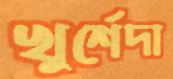
খুর্শেদা